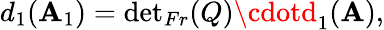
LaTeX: d_{1}(\mathbf{A}_{1})={\operatorname*{det}}_{Fr}(Q)\cdotd_{1}(\mathbf{A}),